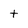
Character: t